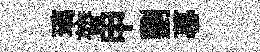
璃膂甲劉暮